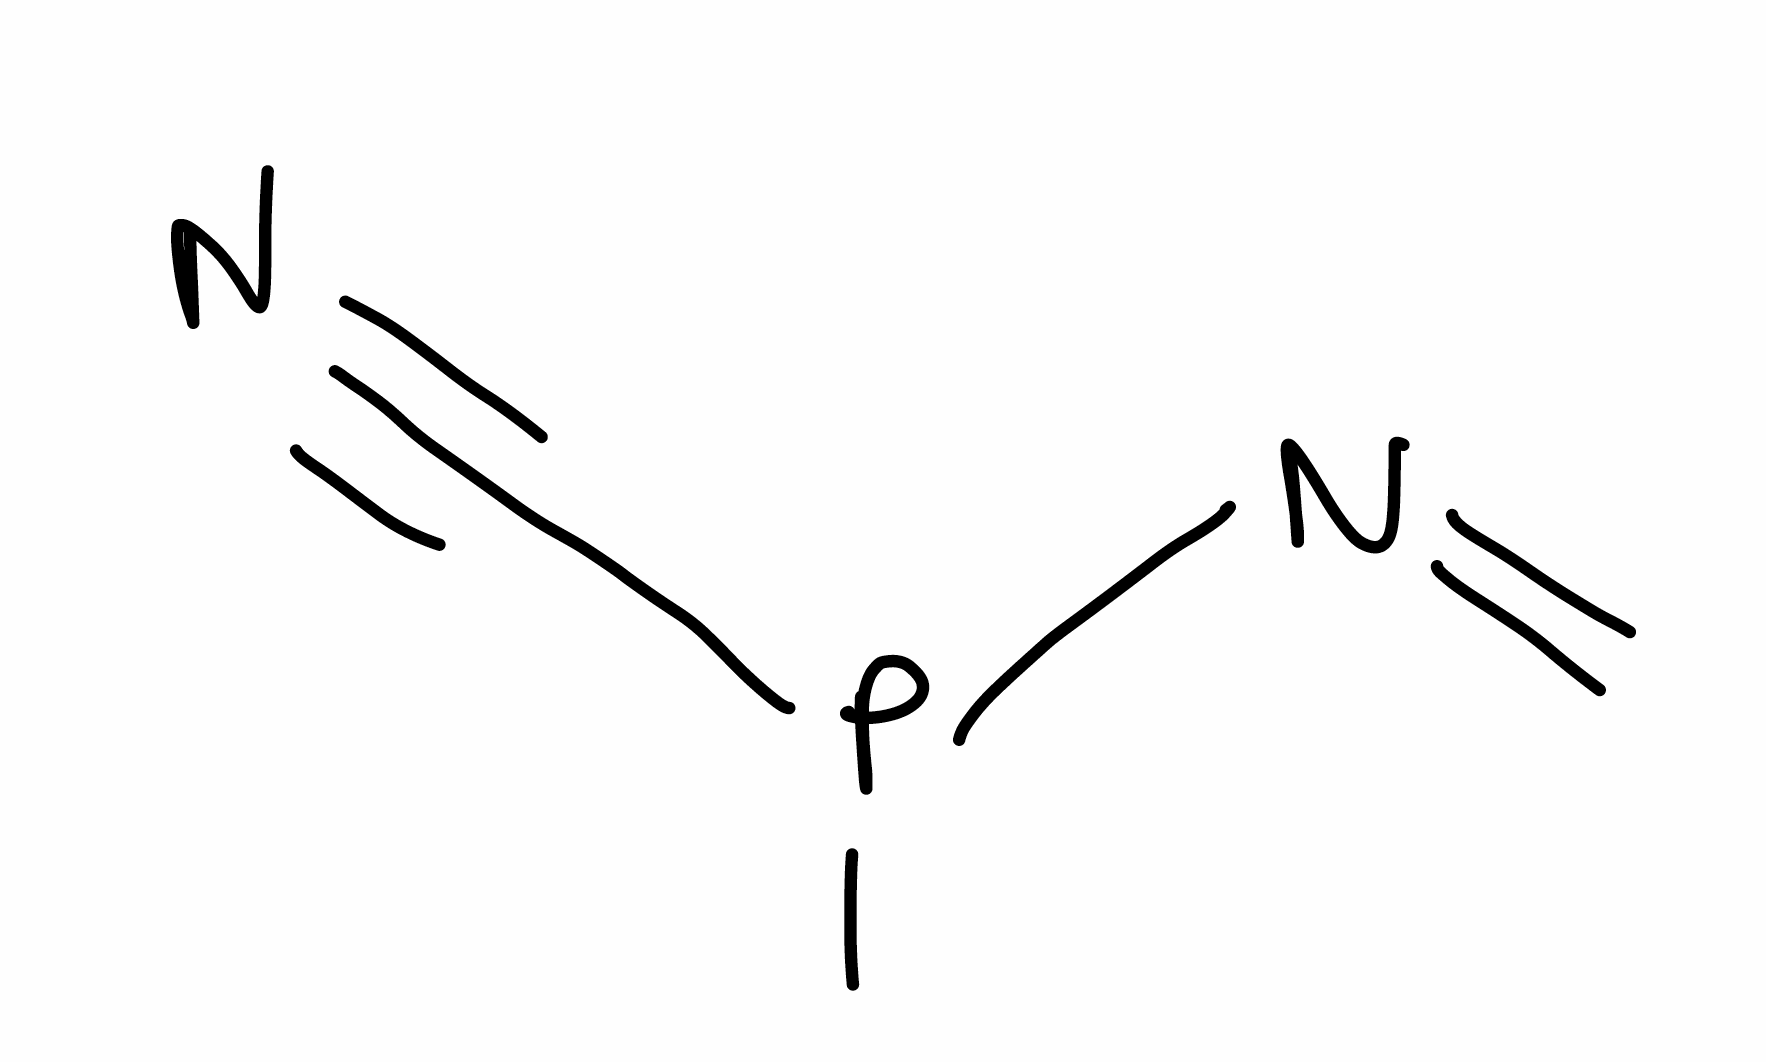
Simplified molecular-input line-entry system (SMILES) notation of the given molecule:
CP(C#N)N=C